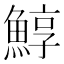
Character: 鯙